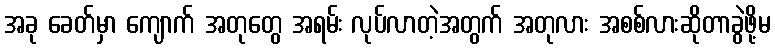
အခု ခေတ်မှာ ကျောက် အတုတွေ အရမ်း လုပ်လာတဲ့အတွက် အတုလား အစစ်လားဆိုတာခွဲဖို့မ